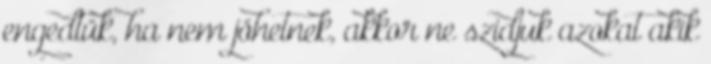
engedtük, ha nem jöhetnek, akkor ne szidjuk azokat akik